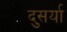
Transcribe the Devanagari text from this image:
दुसर्या